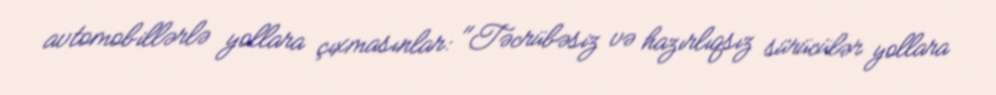
avtomobillərlə yollara çıxmasınlar: "Təcrübəsiz və hazırlıqsız sürücülər yollara